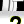
Digit: 2